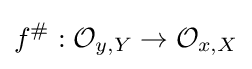
f^{\#}:{\mathcal {O}}_{y,Y}\to {\mathcal {O}}_{x,X}